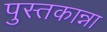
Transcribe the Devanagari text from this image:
पुस्तकान्ना